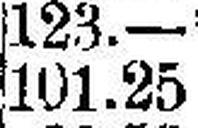
101.25